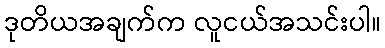
ဒုတိယအချက်က လူငယ်အသင်းပါ။